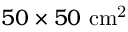
5 0 \times 5 0 ~ \mathrm { c m ^ { 2 } }